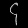
Digit: ၄